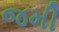
જમી